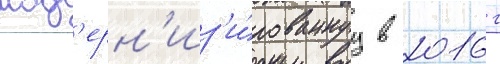
мод'ерн'из'и́рованнуу в 2016 г